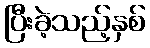
ပြီးခဲ့သည့်နှစ်